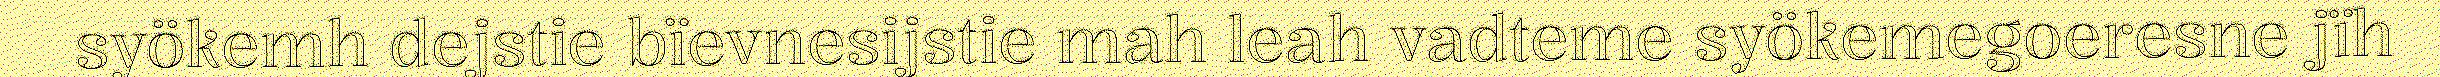
syökemh dejstie bïevnesijstie mah leah vadteme syökemegoeresne jïh